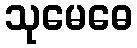
သုမေဓေ